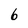
Character: 6